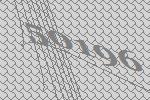
50196